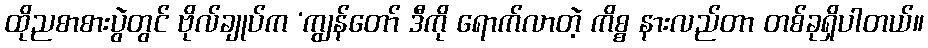
ထိုညစာစားပွဲတွင် ဗိုလ်ချုပ်က ‘ကျွန်တော် ဒီကို ရောက်လာတဲ့ ကိစ္စ နားလည်တာ တစ်ခုရှိပါတယ်။